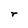
Character: r